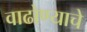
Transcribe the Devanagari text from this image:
वाढोण्याचे